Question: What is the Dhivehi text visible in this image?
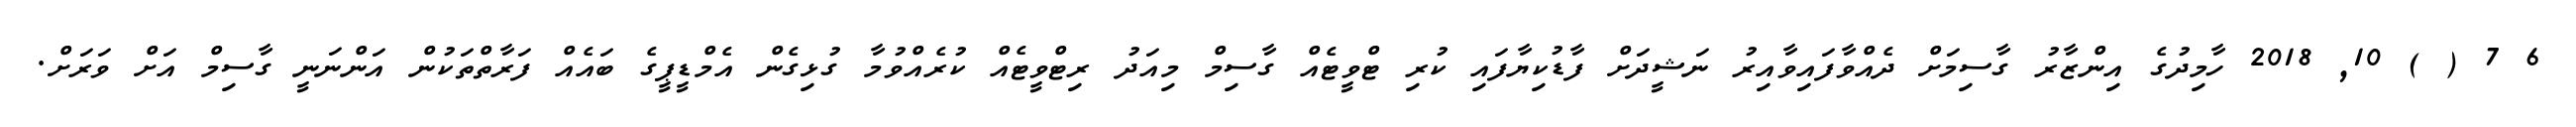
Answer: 6 7 ( ) 10, 2018 ހާމިދުގެ އިންޒާރު ގާސިމަށް ދެއްވާފައިވާއިރު ނަޝީދަށް ފާޑުކިޔާފައި ކުރި ޓްވީޓެއް ގާސިމް މިއަދު ރިޓްވީޓެއް ކުރެއްވުމާ ގުޅިގެން އެމްޑީޕީގެ ބައެއް ފަރާތްތަކުން އަންނަނީ ގާސިމް އަށް ވަރަށް.